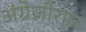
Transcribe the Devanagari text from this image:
अंग्रेजीराज